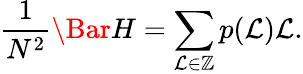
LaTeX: \frac{1}{N^{2}}\Bar{H}=\sum_{\mathcal{L}\in\mathbb{Z}}p(\mathcal{L})\mathcal{L}.